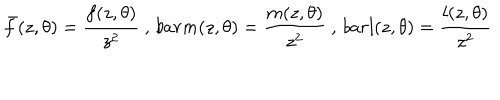
LaTeX: \bar { f } ( z , \theta ) = \frac { f ( z , \theta ) } { z ^ { 2 } } \ , \, b a r { m } ( z , \theta ) = \frac { m ( z , \theta ) } { z ^ { 2 } } \ , \, b a r { l } ( z , \theta ) = \frac { l ( z , \theta ) } { z ^ { 2 } } \,